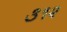
૩૧૨